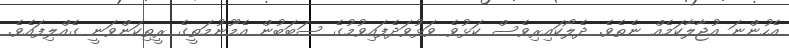
އެހުންނަ އުޖާލާކަމެއް ނެތެވެ. ދެލޯކައިރިވެސް ކަޅުވެ ވަޅުވަދެފައިވުމުގެ ސަބަބުން އެމޫނުމަތީގެ ރީތިކަންވަނީ ގެއްލިފައެވެ.